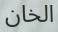
الخان